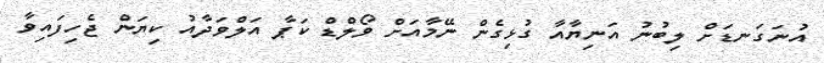
އުނަގަނޑަށް ލިބުނު އަނިޔާއާ ގުޅިގެން ނޭމާއަށް ވޯލްޑް ކަޕާ އަލްވަދާއު ކިޔަން ޖެހިފައިވާ